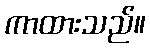
ကာထားသည်။